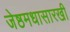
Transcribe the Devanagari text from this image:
जेष्ठमधासारखी